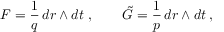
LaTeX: F = \frac { 1 } { q } \, d r \wedge d t \ , \qquad \tilde { G } = \frac { 1 } { p } \, d r \wedge d t \, ,